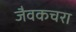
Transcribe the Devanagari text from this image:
जैवकचरा